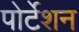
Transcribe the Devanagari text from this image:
पोर्टेशन